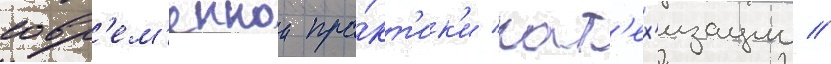
совр'ем'еннои пра́кт'ик'и кат'ех'изации //